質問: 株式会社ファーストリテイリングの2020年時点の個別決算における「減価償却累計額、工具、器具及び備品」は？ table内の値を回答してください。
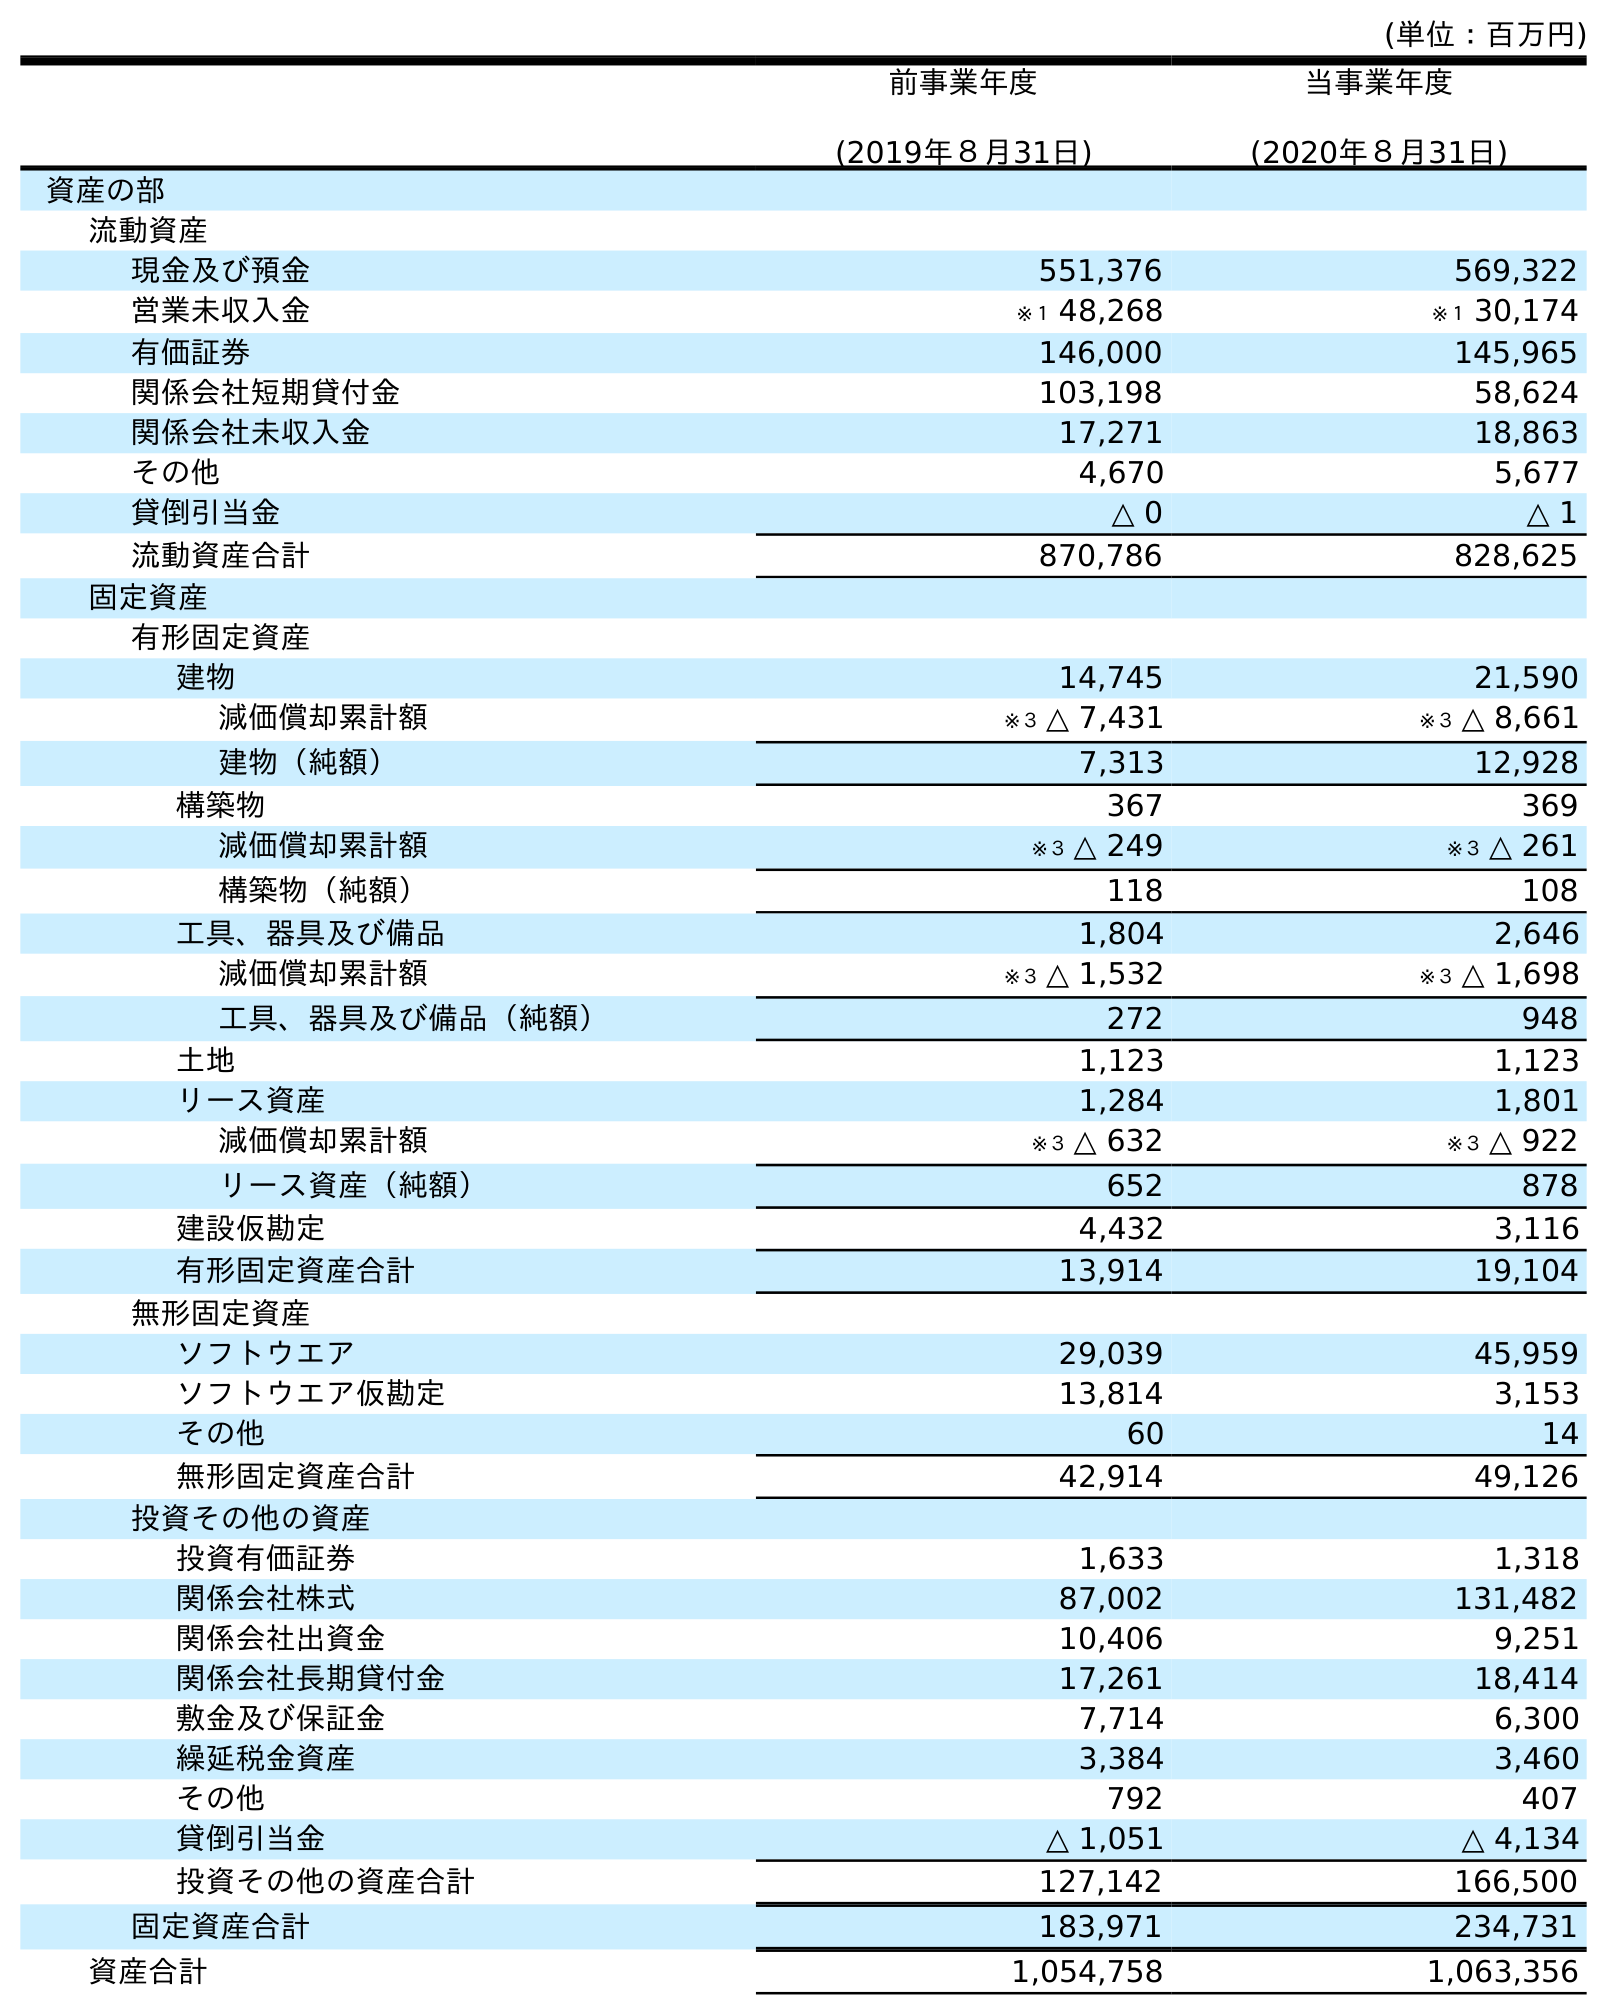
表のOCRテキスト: (単位：百万円) 前事業年度 (2019年８月31日) 当事業年度 (2020年８月31日) 資産の部 流動資産 現金及び預金 551,376 569,322 営業未収入金 ※１ 48,268 ※１ 30,174 有価証券 146,000 145,965 関係会社短期貸付金 103,198 58,624 関係会社未収入金 17,271 18,863 その他 4,670 5,677 貸倒引当金 △ 0 △ 1 流動資産合計 870,786 828,625 固定資産 有形固定資産 建物 14,745 21,590 減価償却累計額 ※３ △ 7,431 ※３ △ 8,661 建物（純額） 7,313 12,928 構築物 367 369 減価償却累計額 ※３ △ 249 ※３ △ 261 構築物（純額） 118 108 工具、器具及び備品 1,804 2,646 減価償却累計額 ※３ △ 1,532 ※３ △ 1,698 工具、器具及び備品（純額） 272 948 土地 1,123 1,123 リース資産 1,284 1,801 減価償却累計額 ※３ △ 632 ※３ △ 922 リース資産（純額） 652 878 建設仮勘定 4,432 3,116 有形固定資産合計 13,914 19,104 無形固定資産 ソフトウエア 29,039 45,959 ソフトウエア仮勘定 13,814 3,153 その他 60 14 無形固定資産合計 42,914 49,126 投資その他の資産 投資有価証券 1,633 1,318 関係会社株式 87,002 131,482 関係会社出資金 10,406 9,251 関係会社長期貸付金 17,261 18,414 敷金及び保証金 7,714 6,300 繰延税金資産 3,384 3,460 その他 792 407 貸倒引当金 △ 1,051 △ 4,134 投資その他の資産合計 127,142 166,500 固定資産合計 183,971 234,731 資産合計 1,054,758 1,063,356
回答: ※３△1,698